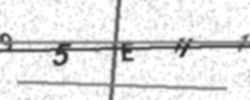
Text: 95EH1